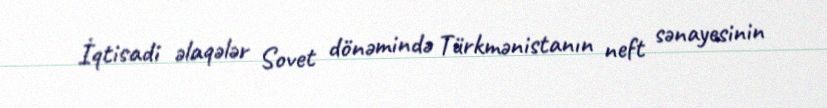
İqtisadi əlaqələr Sovet dönəmində Türkmənistanın neft sənayesinin